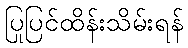
ပြုပြင်ထိန်းသိမ်းရန်